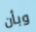
وبأن